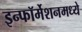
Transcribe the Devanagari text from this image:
इन्फॉर्मेशनमध्ये